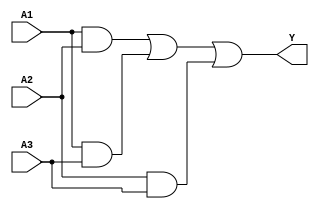
module sop_simplification (
    input wire A1,  // First input
    input wire A2,  // Second input
    input wire A3,  // Third input
    output wire Y   // Output
);

// Internal signals for product terms
wire p1; // A1 AND A2
wire p2; // A1 AND A3
wire p3; // A2 AND A3

// AND gates for product terms
assign p1 = A1 & A2; // Product term 1: A1 AND A2
assign p2 = A1 & A3; // Product term 2: A1 AND A3
assign p3 = A2 & A3; // Product term 3: A2 AND A3

// OR gate for final output
assign Y = p1 | p2 | p3; // Final output: p1 OR p2 OR p3

endmodule